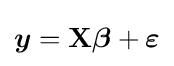
{\boldsymbol {y}}=\mathbf {X} {\boldsymbol {\beta }}+{\boldsymbol {\varepsilon }}